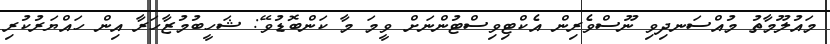
މައުލޫމާތު މުއްސަނދިވި ނޫސްވެރިން އެކްޓިވިސްޓުންނަށް ވީމަ މާ ކަންބޮޑުވޭ: ޝަހީބުމުޒާހަރާ އިން ހައްޔަރުކުރި